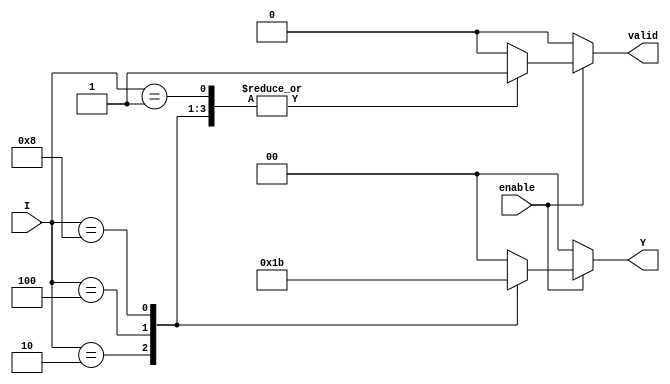
module binary_encoder (
    input wire [3:0] I,      // 4 input lines
    input wire enable,       // Enable signal
    output reg [1:0] Y,      // 2-bit output
    output reg valid         // Valid output signal
);

    always @(*) begin
        if (!enable) begin
            Y = 2'b00;        // If not enabled, output is 00
            valid = 1'b0;     // Invalid state
        end else begin
            case (I)
                4'b0001: begin Y = 2'b00; valid = 1'b1; end // I0 active
                4'b0010: begin Y = 2'b01; valid = 1'b1; end // I1 active
                4'b0100: begin Y = 2'b10; valid = 1'b1; end // I2 active
                4'b1000: begin Y = 2'b11; valid = 1'b1; end // I3 active
                default: begin Y = 2'b00; valid = 1'b0; end // No input active or invalid state
            endcase
        end
    end

endmodule